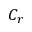
C _ { r }